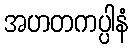
အဟတကပ္ပါနံ